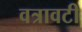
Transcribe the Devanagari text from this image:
वत्रावटी